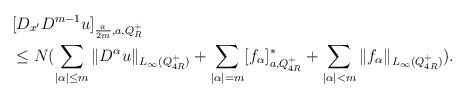
LaTeX: \begin{align*}&[D_{x^\prime}D^{m-1} u]_{\frac{a}{2m},a,Q_R^+}\\&\le N(\sum_{|\alpha|\le m}\|D^\alpha u\|_{L_\infty(Q_{4R}^+)}+\sum_{|\alpha|=m}[f_\alpha]_{a,Q_{4R}^+}^\ast+\sum_{|\alpha|<m}\|f_\alpha\|_{L_\infty(Q_{4R}^+)}).\end{align*}